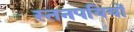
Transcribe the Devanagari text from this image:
स्तनपयियों